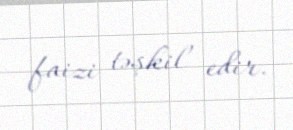
faizi təşkil edir.